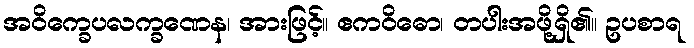
အဝိက္ခေပလက္ခဏေန၊ အားဖြင့်။ ဧကဝိဓော၊ တပါးအဖို့ရှိ၏။ ဥပစာရ